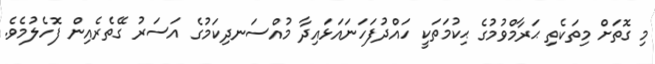
މި ގޮތަށް މިތަކެތި ޙަރާމްވުމުގެ ޙިކުމަތަކީ ހައްދުފަހަނައަޅައިދާ މުއްސަނދިކަމުގެ އަސަރު ގޭތެރެއިން ފޮހެލުމެވެ.